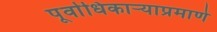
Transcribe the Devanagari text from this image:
पूर्वाधिकार्‍याप्रमाणे